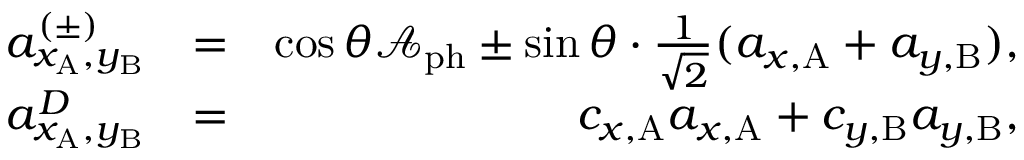
\begin{array} { r l r } { a _ { x _ { \mathrm { A } } , y _ { \mathrm { B } } } ^ { ( \pm ) } } & { = } & { \cos { \theta } \mathcal { A } _ { \mathrm { p h } } \pm \sin { \theta } \cdot \frac { 1 } { \sqrt { 2 } } ( a _ { x , \mathrm { A } } + a _ { y , \mathrm { B } } ) , } \\ { a _ { x _ { \mathrm { A } } , y _ { \mathrm { B } } } ^ { D } } & { = } & { c _ { x , \mathrm { A } } a _ { x , \mathrm { A } } + c _ { y , \mathrm { B } } a _ { y , \mathrm { B } } , } \end{array}